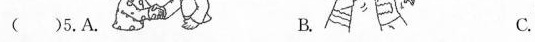
()5.A. B. C.